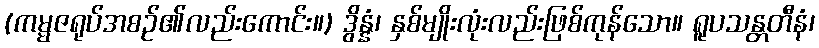
(ကမ္မဇရုပ်အစဉ်၏လည်းကောင်း။) ဒွိန္နံ၊ နှစ်မျိုးလုံးလည်းဖြစ်ကုန်သော။ ရူပသန္တတီနံ၊